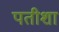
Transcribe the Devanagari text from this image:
पतीशा